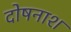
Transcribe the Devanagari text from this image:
दोषनाश